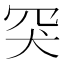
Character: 𦊅